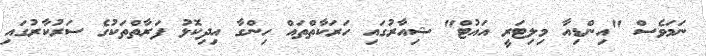
ނަމަވެސް "އިންޑިއާ މިލިޓަރީ އައުޓް" ޝިއާރުގައި ހަރަކާތްތައް ހިންގާ އިދިކޮޅު ފަރާތްތަކުގެ ސަރުކާރުގައި